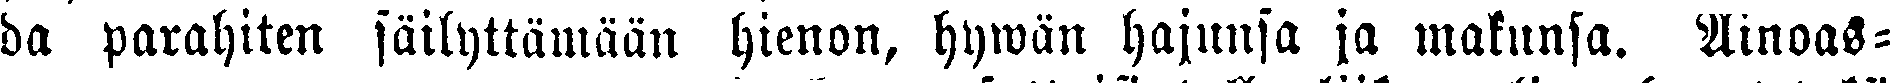
da parahiten säilyttämään hienon, hywän hajunsa ja makunsa. Ainoas-